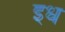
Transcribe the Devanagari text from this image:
इध